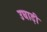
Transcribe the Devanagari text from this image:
उघाड़ी